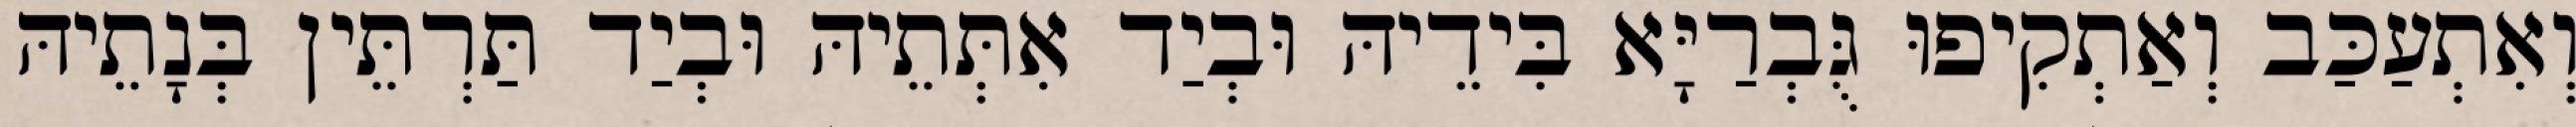
וְאִתְעַכַּב וְאַתְקִיפוּ גֻּבְרַיָּא בִּידֵיהּ וּבְיַד אִתְּתֵיהּ וּבְיַד תַּרְתֵּין בְּנָתֵיהּ